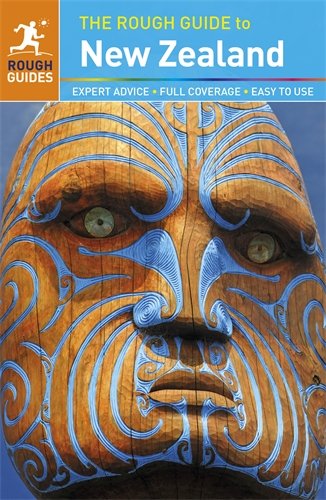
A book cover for The Rough Guide to New Zealand; Paul Whitfield; Travel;